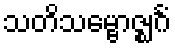
သတိသမ္ဗောဇ္ဈင်္ဂံ